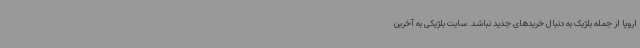
اروپا از جمله بلژیک به دنبال خریدهای جدید نباشد. سایت بلژیکی به آخرین